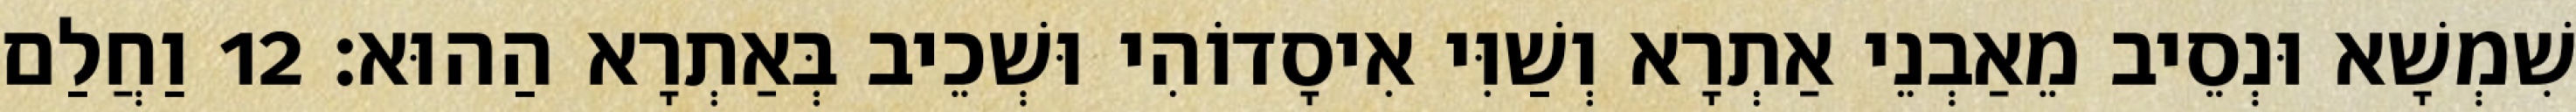
שִׁמְשָׁא וּנְסֵיב מֵאַבְנֵי אַתְרָא וְשַׁוִּי אִיסָדוֹהִי וּשְׁכֵיב בְּאַתְרָא הַהוּא׃ 12 וַחֲלַם